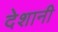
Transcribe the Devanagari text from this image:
देशानी